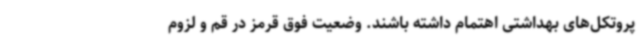
پروتکل‌های بهداشتی اهتمام داشته باشند. وضعیت فوق قرمز در قم و لزوم